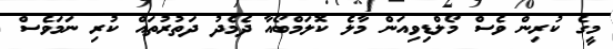
މީގެ ކުރިން ވެސް މޯލްޑިވިއަން މާލެ ކޮލަމްބޯއާ ދެމެދު ދަތުރުތައް ކުރި ނަމަވެސް